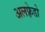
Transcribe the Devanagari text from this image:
अलफ़्रेडो